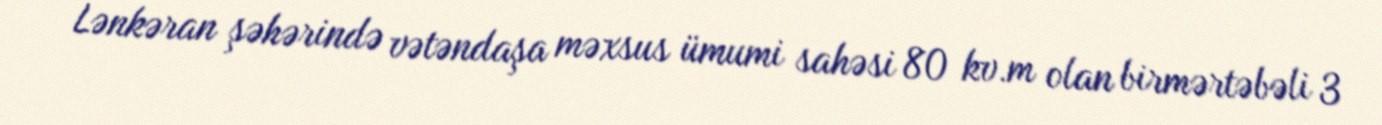
Lənkəran şəhərində vətəndaşa məxsus ümumi sahəsi 80 kv.m olan birmərtəbəli 3